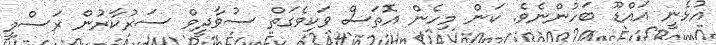
އުޅެނީ އައްޑޫ ބަހުންނެވެ. ކަން މިހެން އޮތަސް ވަކިވެގަތް ސުވާދީވް ސަރުކާރުން ރަސްމީ